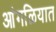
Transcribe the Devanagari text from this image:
आंगळियात